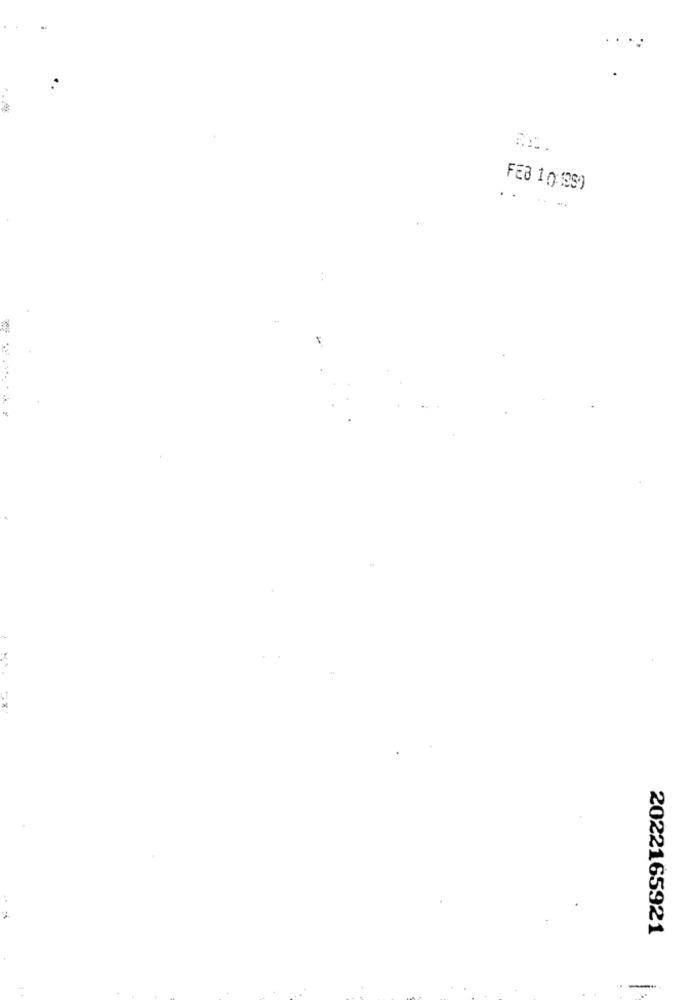
..
FEB 1 0.1989
.....
2022165921
---